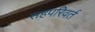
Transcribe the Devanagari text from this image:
सहपरिवर्त